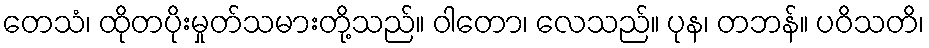
တေသံ၊ ထိုတပိုးမှုတ်သမားတို့သည်။ ဝါတော၊ လေသည်။ ပုန၊ တဘန်။ ပဝိသတိ၊